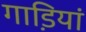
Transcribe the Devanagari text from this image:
गाडि़यां